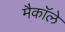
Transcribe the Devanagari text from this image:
मैकाॅले